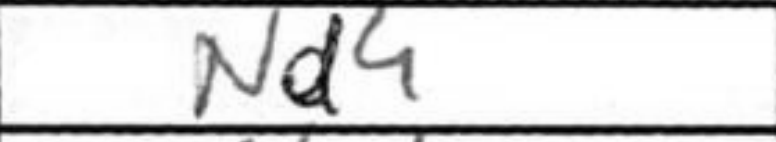
Transcription: Nd4